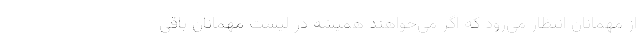
از مهمانان انتظار می‌رود که اگر می‌خواهند همیشه در لیست مهمانان باقی